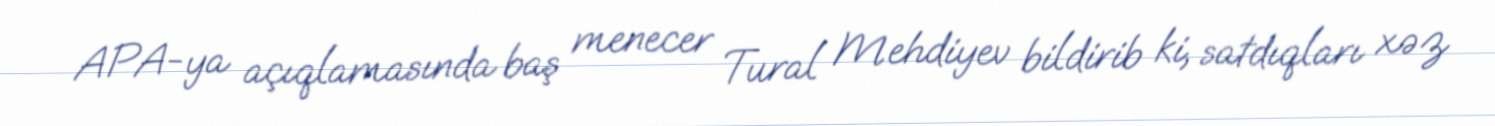
APA-ya açıqlamasında baş menecer Tural Mehdiyev bildirib ki, satdıqları xəz